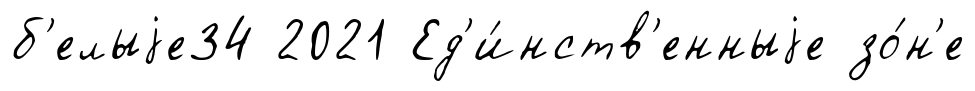
б'елыjе34 2021 Ед'и́нств'енныjе зо́н'е